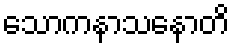
သောကနာသနောတိ